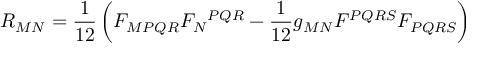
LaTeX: R _ { M N } = \frac { 1 } { 1 2 } \left( F _ { M P Q R } F _ { N } { } ^ { P Q R } - \frac { 1 } { 1 2 } g _ { M N } F ^ { P Q R S } F _ { P Q R S } \right)